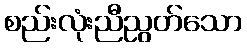
စည်းလုံးညီညွတ်သော